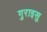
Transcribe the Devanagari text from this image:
गुराइसु